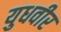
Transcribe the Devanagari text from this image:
युधवीर